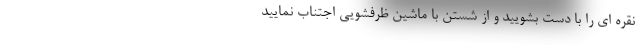
نقره ای را با دست بشویید و از شستن با ماشین ظرفشویی اجتناب نمایید